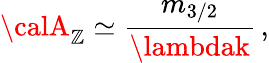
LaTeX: {\calA}_{\mathbb{Z}}\simeq\frac{{m_{3/2}}}{{\lambdak}}\, ,